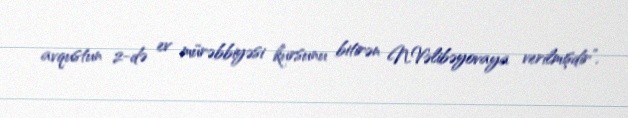
avqustun 2-də ev mürəbbiyəsi kursunu bitirən N.Vəlibəyovaya verilmişdir”.